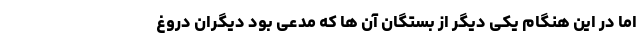
اما در این هنگام یکی دیگر از بستگان آن ها که مدعی بود دیگران دروغ